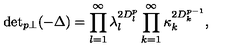
{ \det } _ { p \perp } ( - \Delta ) = \prod _ { l = 1 } ^ { \infty } \lambda _ { l } ^ { 2 D _ { l } ^ { p } } \prod _ { k = 1 } ^ { \infty } \kappa _ { k } ^ { 2 D _ { k } ^ { p - 1 } } ,